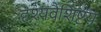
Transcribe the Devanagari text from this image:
दृश्यवैशिष्टय़